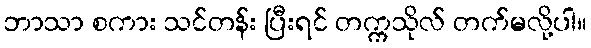
ဘာသာ စကား သင်တန်း ပြီးရင် တက္ကသိုလ် တက်မလို့ပါ။